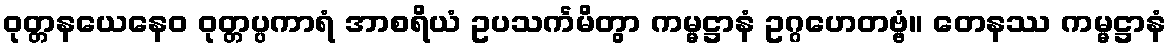
ဝုတ္တနယေနေဝ ဝုတ္တပ္ပကာရံ အာစရိယံ ဥပသင်္ကမိတွာ ကမ္မဋ္ဌာနံ ဥဂ္ဂဟေတဗ္ဗံ။ တေနဿ ကမ္မဋ္ဌာနံ